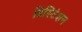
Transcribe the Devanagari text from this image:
डिस्टिंशन